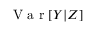
\textrm { V a r } [ Y | Z ]